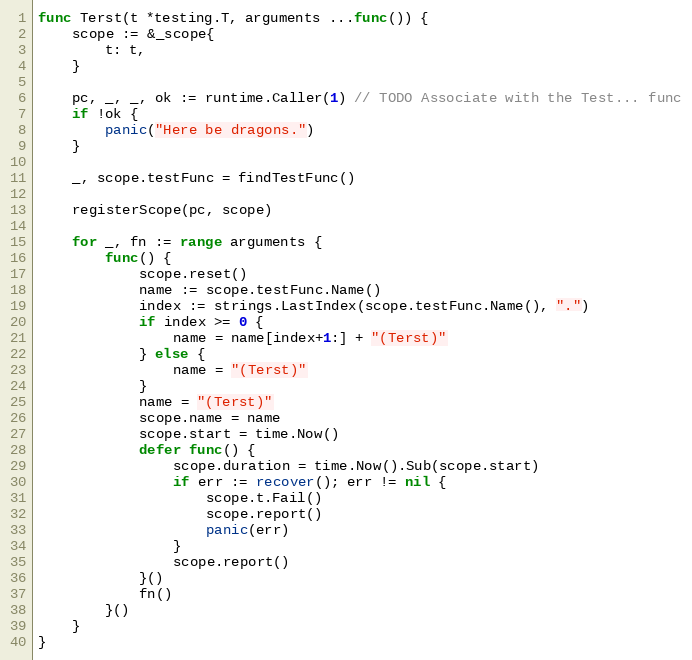
Language: Go
func Terst(t *testing.T, arguments ...func()) {
	scope := &_scope{
		t: t,
	}

	pc, _, _, ok := runtime.Caller(1) // TODO Associate with the Test... func
	if !ok {
		panic("Here be dragons.")
	}

	_, scope.testFunc = findTestFunc()

	registerScope(pc, scope)

	for _, fn := range arguments {
		func() {
			scope.reset()
			name := scope.testFunc.Name()
			index := strings.LastIndex(scope.testFunc.Name(), ".")
			if index >= 0 {
				name = name[index+1:] + "(Terst)"
			} else {
				name = "(Terst)"
			}
			name = "(Terst)"
			scope.name = name
			scope.start = time.Now()
			defer func() {
				scope.duration = time.Now().Sub(scope.start)
				if err := recover(); err != nil {
					scope.t.Fail()
					scope.report()
					panic(err)
				}
				scope.report()
			}()
			fn()
		}()
	}
}